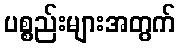
ပစ္စည်းများအတွက်